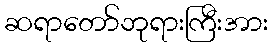
ဆရာတော်ဘုရားကြီးအား